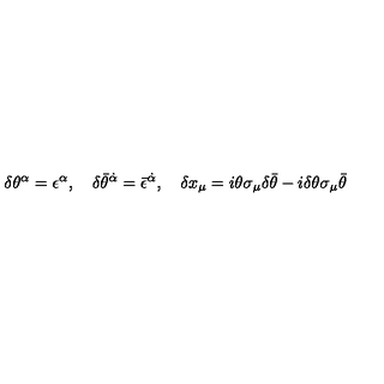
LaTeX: \delta \theta ^ { \alpha } = \epsilon ^ { \alpha } , \quad \delta \bar { \theta } ^ { \dot { \alpha } } = \bar { \epsilon } ^ { \dot { \alpha } } , \quad \delta x _ { \mu } = i \theta \sigma _ { \mu } \delta \bar { \theta } - i \delta \theta \sigma _ { \mu } \bar { \theta }